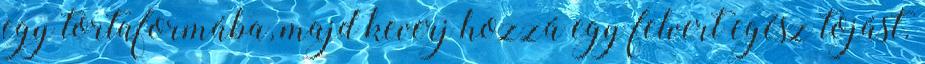
egy tortaformába, majd keverj hozzá egy felvert egész tojást.